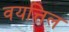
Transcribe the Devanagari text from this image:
वयत्तिल